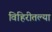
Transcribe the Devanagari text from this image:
विहिरीतल्या